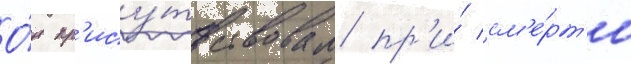
О́н пр'ису́тствовал пр'и́ см'е́рт'и